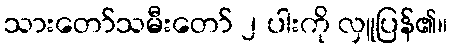
သားတော်သမီးတော် ၂ ပါးကို လှူပြန်၏။